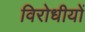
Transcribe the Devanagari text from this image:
विरोधीयों